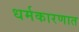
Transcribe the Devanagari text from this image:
धर्मकारणात